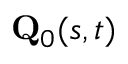
\mathbf { Q } _ { 0 } ( s , t )